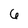
Character: 6